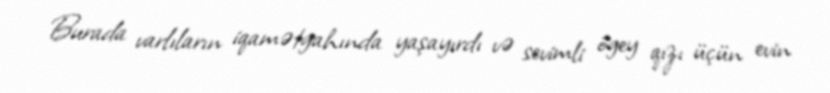
Burada varlıların iqamətgahında yaşayırdı və sevimli ögey qızı üçün evin